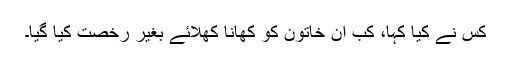
کس نے کیا کہا، کب ان خاتون کو کھانا کھلائے بغیر رخصت کیا گیا۔